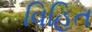
વિહિત